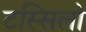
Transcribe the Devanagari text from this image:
टस्सिलो